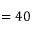
= 4 0